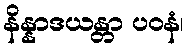
နိန္နာဒယန္တာ ပဝနံ၊